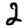
Digit: 2